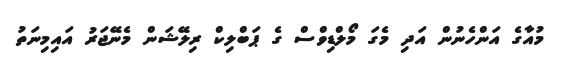
މުއާގެ އަންހެނުން އަދި މެގަ މޯލްޑިވްސް ގެ ޕަބްލިކް ރިލޭޝަން މެނޭޖަރު އައިމިނަތު